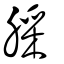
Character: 䐆